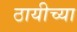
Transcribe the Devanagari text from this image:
ठायीच्या